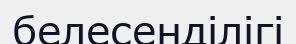
белесенділігі